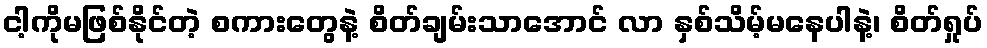
ငါ့ကိုမဖြစ်နိုင်တဲ့ စကားတွေနဲ့ စိတ်ချမ်းသာအောင် လာ နှစ်သိမ့်မနေပါနဲ့၊ စိတ်ရှုပ်